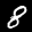
Label: 8